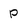
Character: P